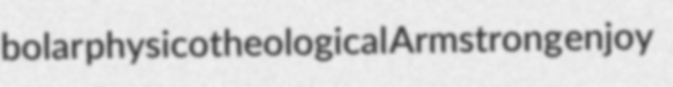
bolar physicotheological Armstrong enjoy